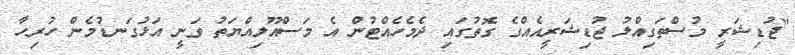
"ޖުޑިޝަރީ މުސްތަގިއްލު ޖުޑިޝަރީއެއްގެ ގޮތުގައި ދެމެހެއްޓުން އެ މަސްއޫލިއްޔަތު ވަނީ އަޅުގަނޑުމެން ހުރިހާ